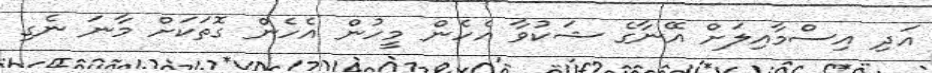
އަދި އިސްމާއިލަށް އޭނާގެ ޝަކުވާ އެހެން މީހުން އެހެން ގޮތަކަށް މާނަ ނެގި